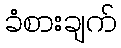
ခံစားချက်